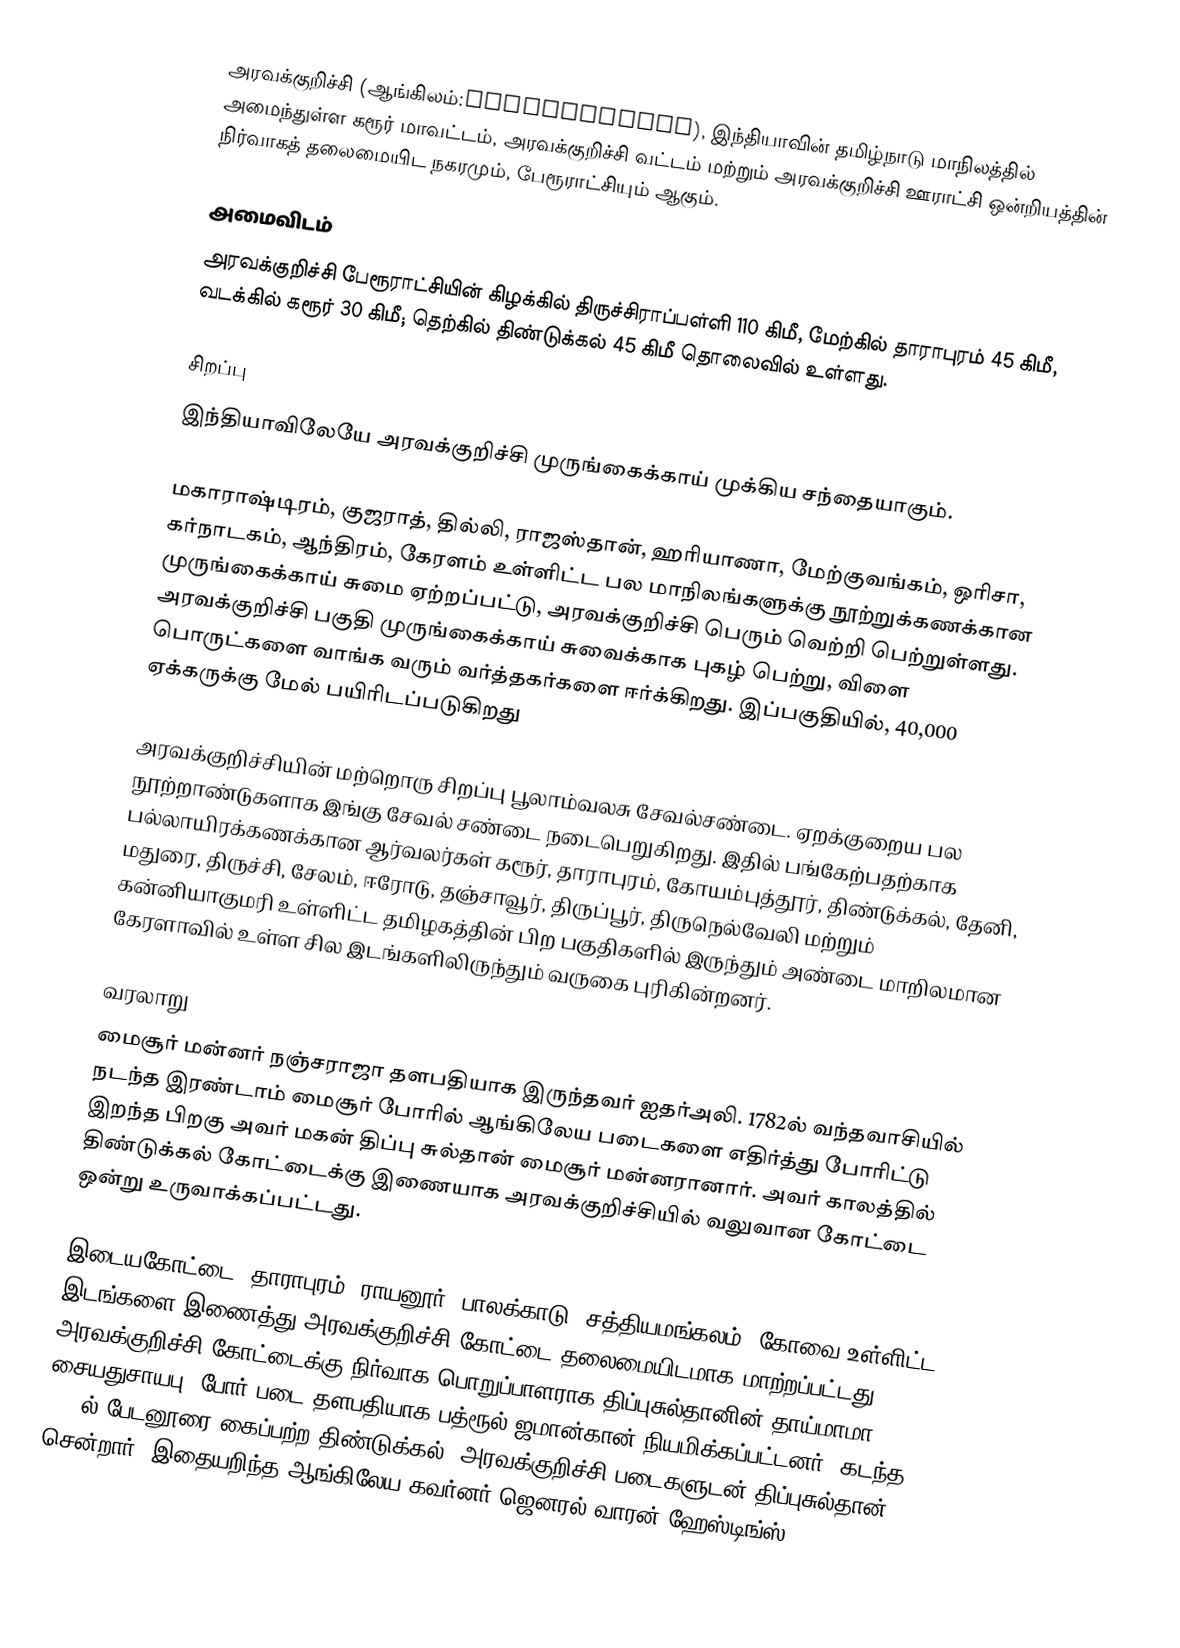
அரவக்குறிச்சி (ஆங்கிலம்:Aravakurichi), இந்தியாவின் தமிழ்நாடு மாநிலத்தில் அமைந்துள்ள கரூர் மாவட்டம், அரவக்குறிச்சி வட்டம் மற்றும் அரவக்குறிச்சி ஊராட்சி ஒன்றியத்தின் நிர்வாகத் தலைமையிட நகரமும்,  பேரூராட்சியும் ஆகும்.

அமைவிடம்
அரவக்குறிச்சி பேரூராட்சியின் கிழக்கில் திருச்சிராப்பள்ளி  110 கிமீ, மேற்கில் தாராபுரம் 45  கிமீ,  வடக்கில் கரூர்  30 கிமீ; தெற்கில் திண்டுக்கல்  45 கிமீ தொலைவில் உள்ளது.

சிறப்பு
இந்தியாவிலேயே அரவக்குறிச்சி முருங்கைக்காய் முக்கிய சந்தையாகும்.

மகாராஷ்டிரம், குஜராத், தில்லி, ராஜஸ்தான், ஹரியாணா, மேற்குவங்கம், ஒரிசா, கர்நாடகம், ஆந்திரம், கேரளம் உள்ளிட்ட பல மாநிலங்களுக்கு நூற்றுக்கணக்கான முருங்கைக்காய் சுமை ஏற்றப்பட்டு, அரவக்குறிச்சி பெரும் வெற்றி பெற்றுள்ளது. அரவக்குறிச்சி பகுதி முருங்கைக்காய் சுவைக்காக புகழ் பெற்று, விளை பொருட்களை வாங்க வரும் வர்த்தகர்களை ஈர்க்கிறது. இப்பகுதியில், 40,000 ஏக்கருக்கு மேல் பயிரிடப்படுகிறது

அரவக்குறிச்சியின் மற்றொரு சிறப்பு பூலாம்வலசு சேவல்சண்டை. ஏறக்குறைய பல நூற்றாண்டுகளாக இங்கு சேவல் சண்டை நடைபெறுகிறது. இதில் பங்கேற்பதற்காக பல்லாயிரக்கணக்கான ஆர்வலர்கள்  கரூர், தாராபுரம், கோயம்புத்தூர், திண்டுக்கல், தேனி, மதுரை, திருச்சி, சேலம், ஈரோடு, தஞ்சாவூர், திருப்பூர், திருநெல்வேலி மற்றும் கன்னியாகுமரி உள்ளிட்ட தமிழகத்தின் பிற பகுதிகளில் இருந்தும் அண்டை மாறிலமான கேரளாவில் உள்ள சில இடங்களிலிருந்தும் வருகை புரிகின்றனர்.

வரலாறு
மைசூர் மன்னர் நஞ்சராஜா தளபதியாக இருந்தவர் ஐதர்அலி. 1782ல் வந்தவாசியில் நடந்த இரண்டாம் மைசூர் போரில் ஆங்கிலேய படைகளை எதிர்த்து போரிட்டு இறந்த பிறகு அவர் மகன் திப்பு சுல்தான் மைசூர் மன்னரானார். அவர் காலத்தில் திண்டுக்கல் கோட்டைக்கு இணையாக அரவக்குறிச்சியில் வலுவான கோட்டை ஒன்று உருவாக்கப்பட்டது.

இடையகோட்டை, தாராபுரம், ராயனூர், பாலக்காடு, சத்தியமங்கலம், கோவை உள்ளிட்ட இடங்களை இணைத்து அரவக்குறிச்சி கோட்டை தலைமையிடமாக மாற்றப்பட்டது. அரவக்குறிச்சி கோட்டைக்கு நிர்வாக பொறுப்பாளராக திப்புசுல்தானின் தாய்மாமா சையதுசாயபு, போர் படை தளபதியாக பத்ரூல் ஜமான்கான் நியமிக்கப்பட்டனர். கடந்த 1784ல் பேடனூரை கைப்பற்ற திண்டுக்கல், அரவக்குறிச்சி படைகளுடன் திப்புசுல்தான் சென்றார். இதையறிந்த ஆங்கிலேய கவர்னர் ஜெனரல் வாரன் ஹேஸ்டிங்ஸ்